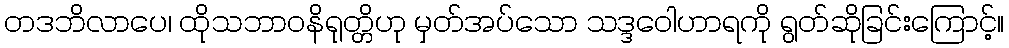
တဒဘိလာပေ၊ ထိုသဘာဝနိရုတ္တိဟု မှတ်အပ်သော သဒ္ဒဝေါဟာရကို ရွတ်ဆိုခြင်းကြောင့်။